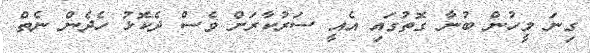
ގިނަ މީހުން ބުނާ ގޮތުގައި އެއީ ސަރުކާރަށް ވެސް ދެކޮޅު ހެދެން ނެތް